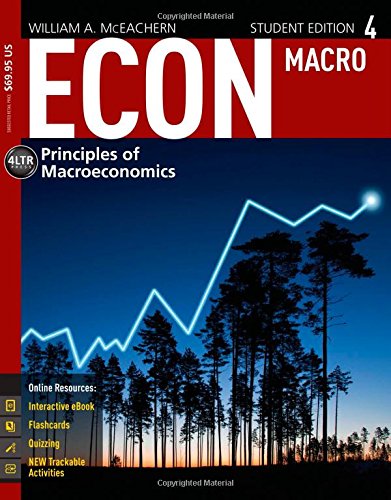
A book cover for ECON Macroeconomics 4 (with CourseMate(TM), 1 term (6 months) Printed Access Card) (New, Engaging Titles from 4LTR Press); William A. McEachern; Business & Money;